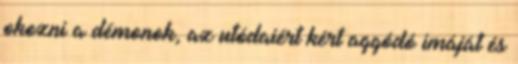
okozni a démonok, az utódaiért kért aggódó imáját és